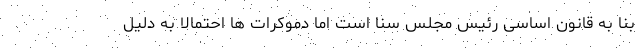
بنا به قانون اساسی رئیس مجلس سنا است اما دموکرات ها احتمالا به دلیل